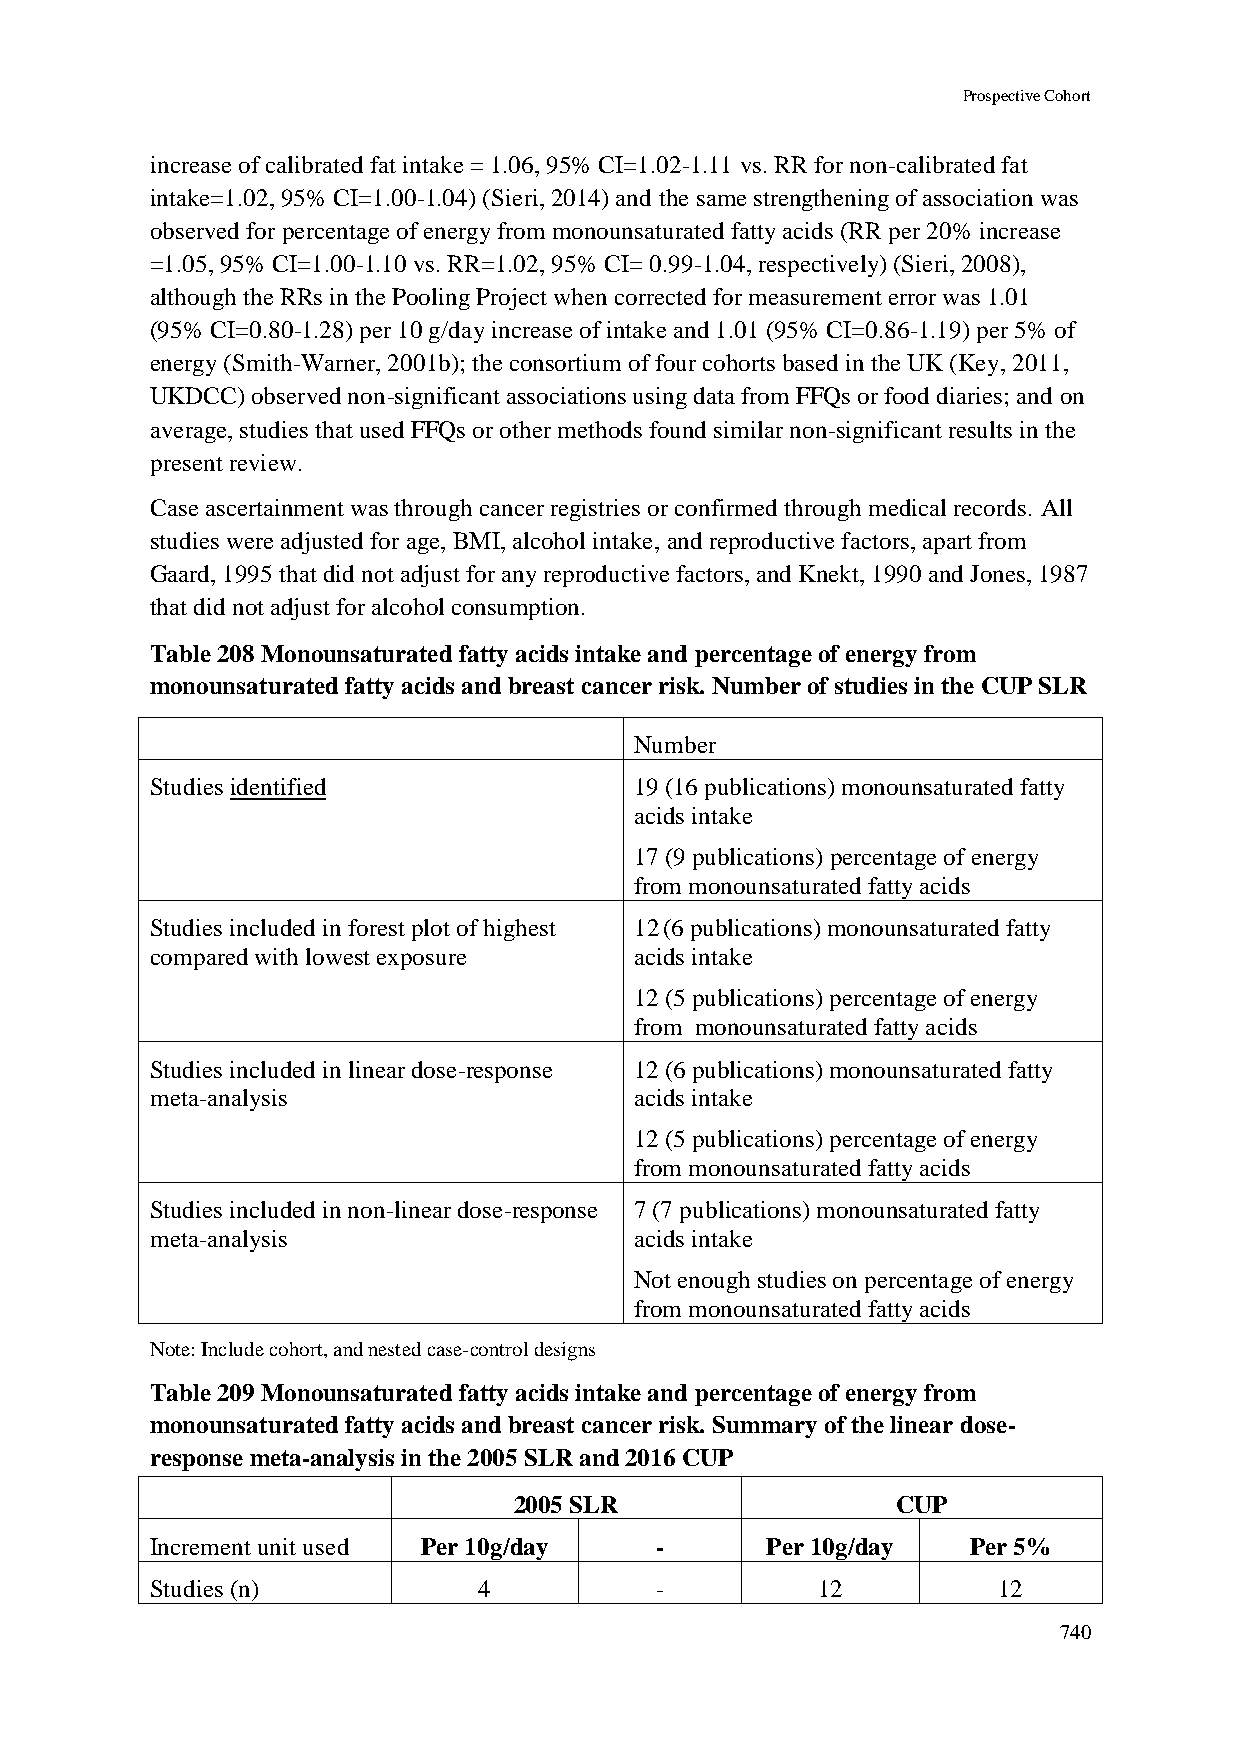
Prospective Cohort
 increase of calibrated fat intake = 1.06, 95% CI=1.02-1.11 vs. RR for non-calibrated fat
 intake=1.02, 95% CI=1.00-1.04) (Sieri, 2014) and the same strengthening of association was
 observed for percentage of energy from monounsaturated fatty acids (RR per 20% increase
 =1.05, 95% CI=1.00-1.10 vs. RR=1.02, 95% CI= 0.99-1.04, respectively) (Sieri, 2008),
 although the RRs in the Pooling Project when corrected for measurement error was 1.01
 (95% CI=0.80-1.28) per 10 g/day increase of intake and 1.01 (95% CI=0.86-1.19) per 5% of
 energy (Smith-Warner, 2001b); the consortium of four cohorts based in the UK (Key, 2011,
 UKDCC) observed non-significant associations using data from FFQs or food diaries; and on
 average, studies that used FFQs or other methods found similar non-significant results in the
 present review.
 Case ascertainment was through cancer registries or confirmed through medical records. All
 studies were adjusted for age, BMI, alcohol intake, and reproductive factors, apart from
 Gaard, 1995 that did not adjust for any reproductive factors, and Knekt, 1990 and Jones, 1987
 that did not adjust for alcohol consumption.
 Table 208 Monounsaturated fatty acids intake and percentage of energy from
 monounsaturated fatty acids and breast cancer risk. Number of studies in the CUP SLR
 Number
 Studies identified              19 (16 publications) monounsaturated fatty
 acids intake
 17 (9 publications) percentage of energy
 from monounsaturated fatty acids
 Studies included in forest plot of highest 12 (6 publications) monounsaturated fatty
 compared with lowest exposure   acids intake
 12 (5 publications) percentage of energy
 from monounsaturated fatty acids
 Studies included in linear dose-response 12 (6 publications) monounsaturated fatty
 meta-analysis                   acids intake
 12 (5 publications) percentage of energy
 from monounsaturated fatty acids
 Studies included in non-linear dose-response 7 (7 publications) monounsaturated fatty
 meta-analysis                   acids intake
 Not enough studies on percentage of energy
 from monounsaturated fatty acids
 Note: Include cohort, and nested case-control designs
 Table 209 Monounsaturated fatty acids intake and percentage of energy from
 monounsaturated fatty acids and breast cancer risk. Summary of the linear dose-
 response meta-analysis in the 2005 SLR and 2016 CUP
 2005 SLR                 CUP
 Increment unit used Per 10g/day  -       Per 10g/day  Per 5%
 Studies (n)           4          -          12          12
 740